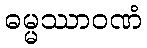
ဓမ္မဿာဝဏံ